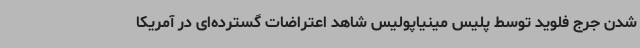
شدن جرج فلوید توسط پلیس مینیاپولیس شاهد اعتراضات گسترده‌ای در آمریکا